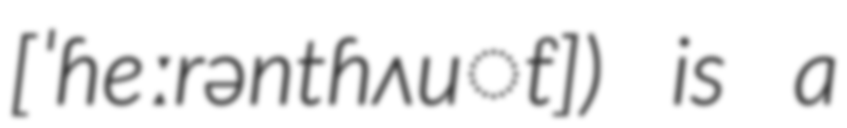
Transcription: [ˈɦeːrəntɦʌu̯t]) is a